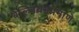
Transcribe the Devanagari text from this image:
बेल्जियमप्रमाणे